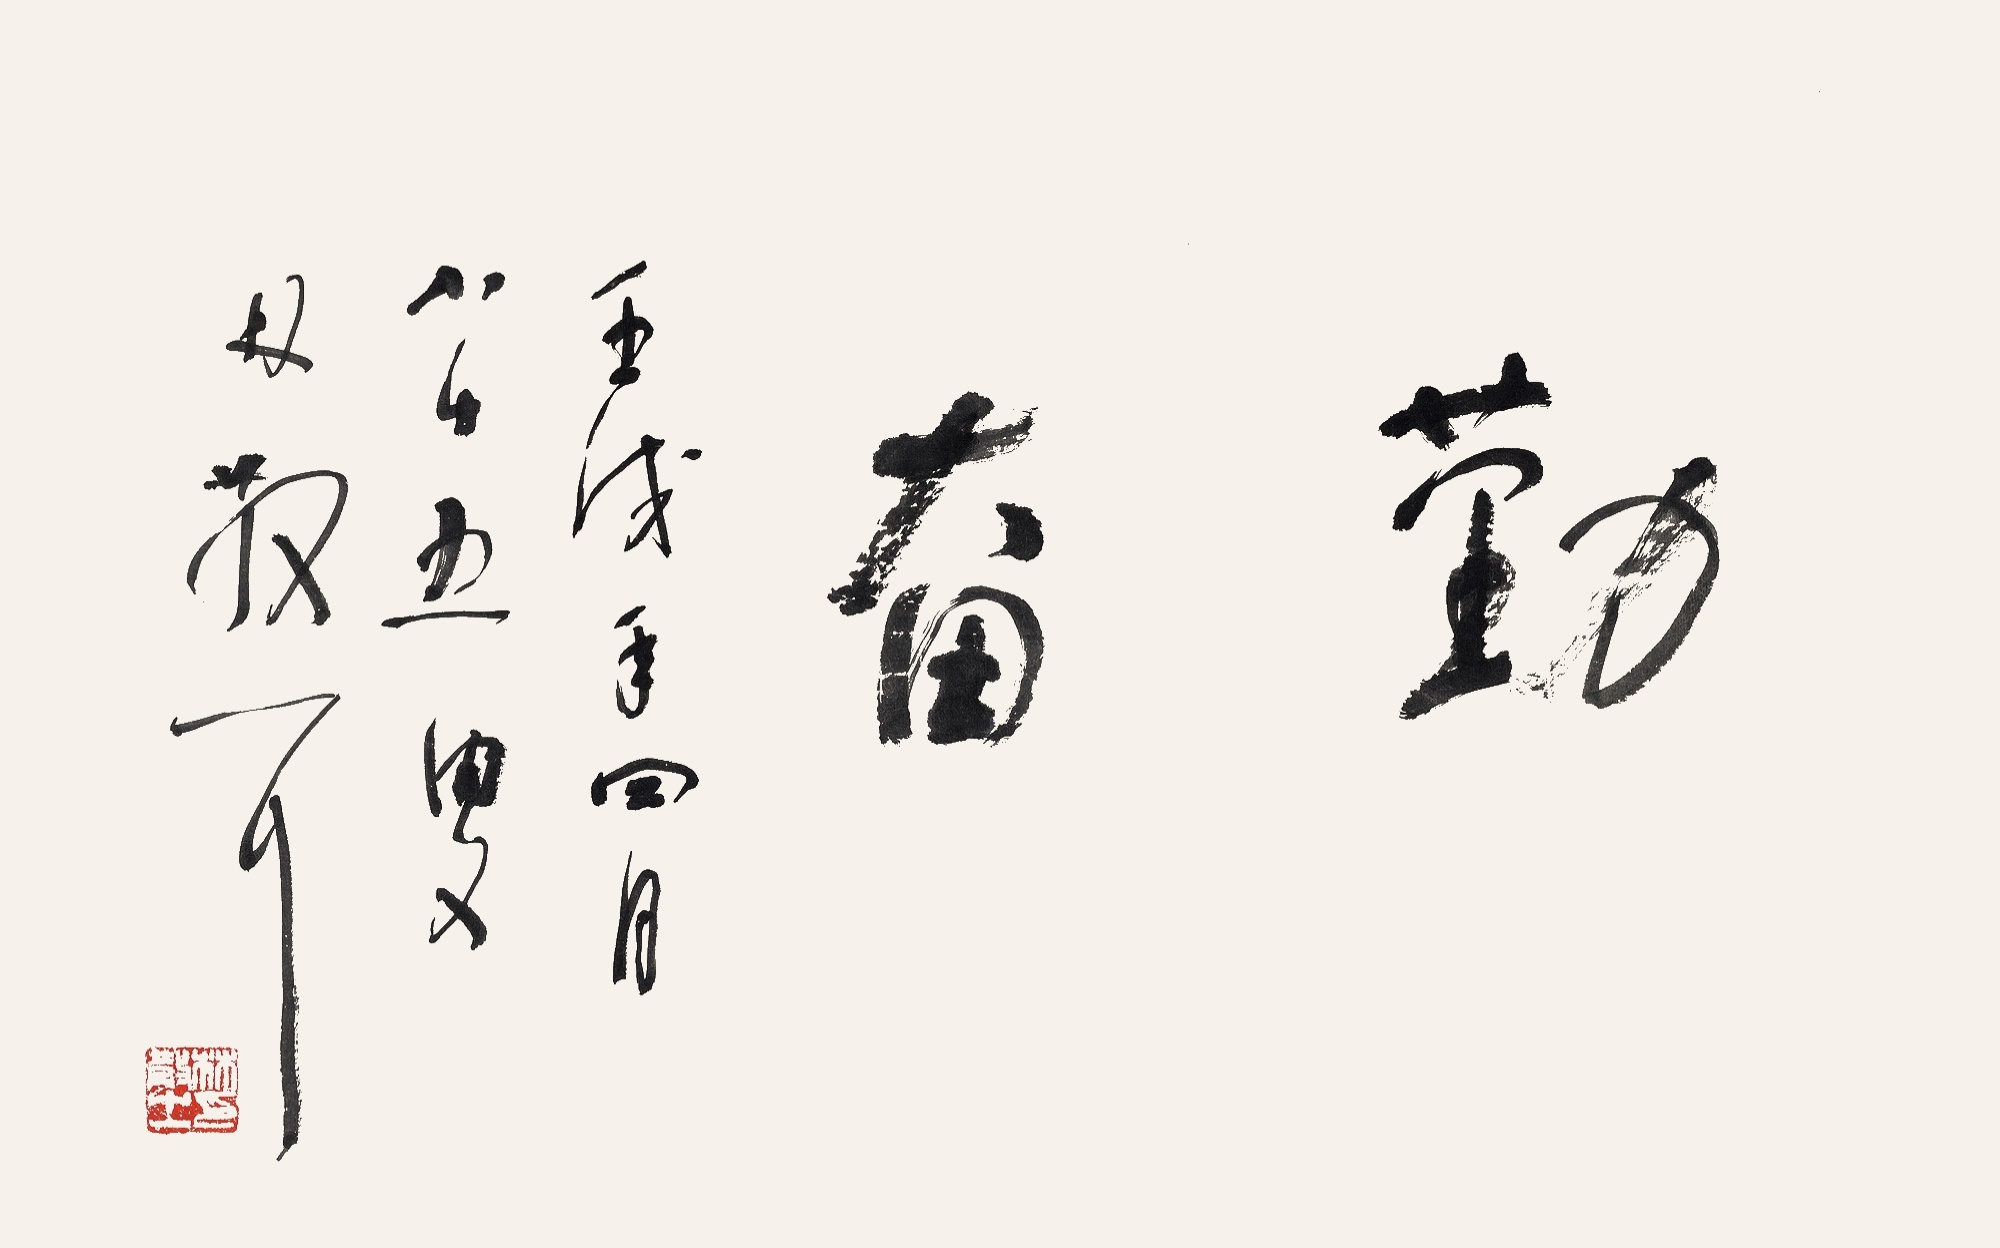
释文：勤奋壬戌年四月，八十五叟林散耳。